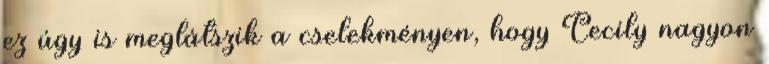
ez úgy is meglátszik a cselekményen, hogy Cecily nagyon